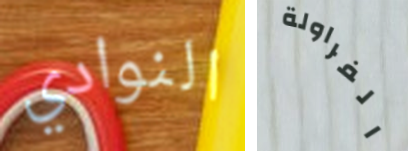
النوادي الفراولة